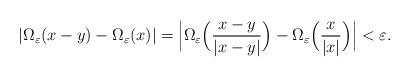
LaTeX: \begin{align*}|\Omega_\varepsilon(x-y)-\Omega_\varepsilon(x)| = \Big|\Omega_\varepsilon\Big(\frac{x-y}{|x-y|}\Big)-\Omega_\varepsilon\Big(\frac{x}{|x|}\Big)\Big| < \varepsilon.\end{align*}